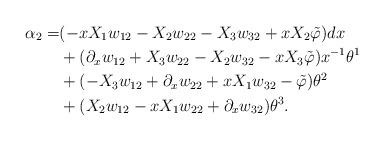
LaTeX: \begin{align*} \alpha_2 = & (-xX_1w_{12}-X_2w_{22}-X_3w_{32}+xX_2\tilde \varphi) dx \\ & + (\partial_xw_{12}+X_3w_{22}-X_2w_{32}-xX_3\tilde \varphi) x^{-1}\theta^1 \\ & + (-X_3w_{12}+\partial_xw_{22}+xX_1w_{32}-\tilde \varphi) \theta^2 \\ & + (X_2w_{12}-xX_1w_{22}+\partial_xw_{32}) \theta^3 . \end{align*}